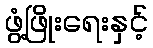
ဖွံ့ဖြိုးရေးနှင့်